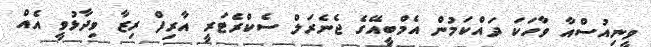
ވީނިއުސްއާ ވާހަކަ ދައްކަމުން އެމްބީއޭގެ ޖެނެރަލް ސެކްރެޓަރީ އާރިފް ރިޒާ ވިދާޅުވީ އެއް